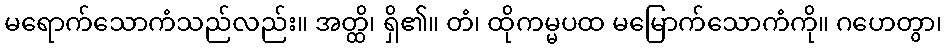
မရောက်သောကံသည်လည်း။ အတ္ထိ၊ ရှိ၏။ တံ၊ ထိုကမ္မပထ မမြောက်သောကံကို။ ဂဟေတွာ၊